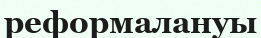
реформалануы